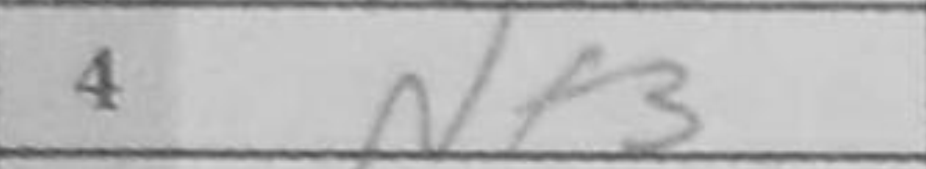
Transcription: Nf3